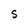
Character: S